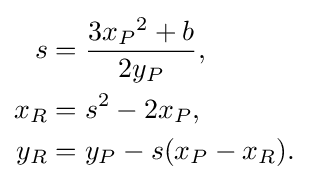
{\begin{aligned}s&={\frac {3{x_{P}}^{2}+b}{2y_{P}}},\\x_{R}&=s^{2}-2x_{P},\\y_{R}&=y_{P}-s(x_{P}-x_{R}).\end{aligned}}